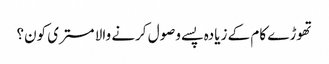
تھوڑے کام کے زیادہ پسے وصول کرنے والا مستری کون؟